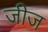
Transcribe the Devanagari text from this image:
जीज